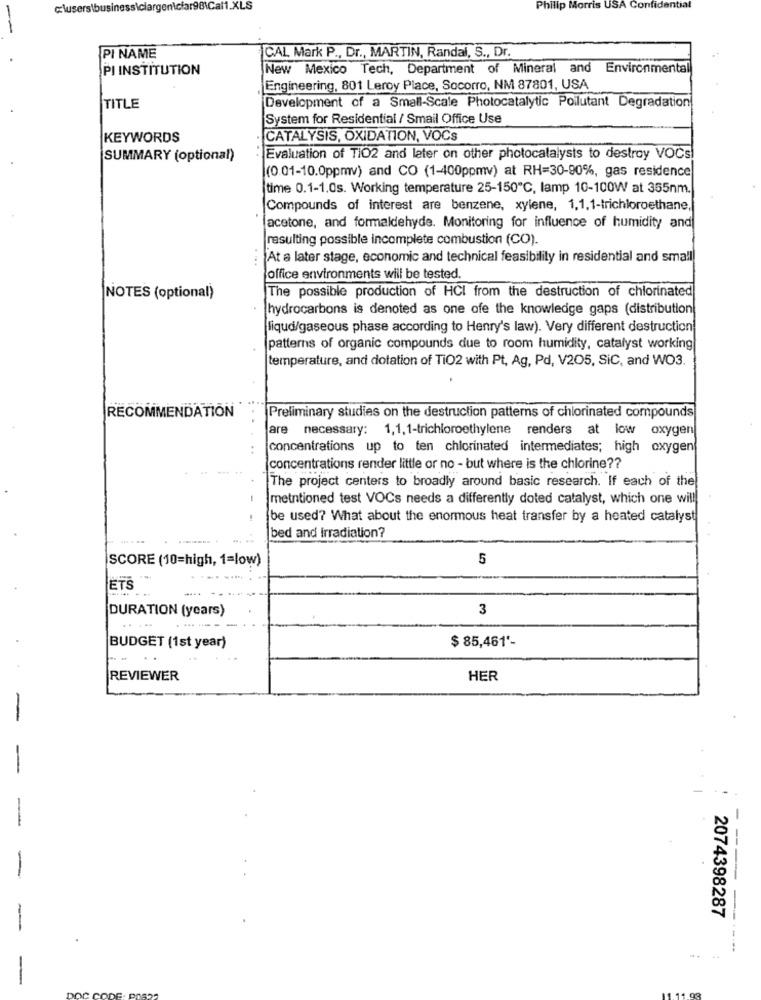
c:\users\business\ciargen\ciar98\Cal1.XLS
Philip Morris USA Confidential
PI NAME
CAL. Mark P ., Dr ., MARTIN, Randal, S ., Dr.
PI INSTITUTION
New Mexico Tech, Department of Mineral and Environmental
Engineering, 801 Leroy Place, Socorro, NM 87801, USA
TITLE
Development of a Small-Scale Photocatalytic Poilutant Degradation
System for Residential / Smail Office Use
KEYWORDS
CATALYSIS, OXIDATION, VOCs
SUMMARY (optional)
Evaluation of TIO2 and later on other photocatalysts to destroy VOCs
(0.01-10.0ppmv) and CO (1-400ppmv) at RH=30-90%, gas residence
time 0.1-1.0s. Working temperature 25-150℃, lamp 10-100W at 355nm.
Compounds of interest are benzene, xylene, 1,1,1-trichloroethane,
acetone, and formaldehyde. Monitoring for influence of humidity and
resulting possible incomplete combustion (CO).
...
At a later stage, economic and technical feasibility in residential and small
office environments will be tested.
The possible production of HCI from the destruction of chlorinated
NOTES (optional)
hydrocarbons is denoted as one ofe the knowledge gaps (distribution
liqud/gaseous phase according to Henry's law). Very different destruction
patterns of organic compounds due to room humidity, catalyst working
temperature, and dotation of TiO2 with Pt, Ag, Pd, V205, SiC, and WO3.
RECOMMENDATION
Preliminary studies on the destruction patterns of chlorinated compounds
are necessary: 1,1,1-trichloroethylene renders at low oxygen
concentrations up to ten chlorinated intermediates; high oxygen
concentrations render little or no - but where is the chlorine ??
The project centers to broadly around basic research. If each of the
-
mentioned test VOCs needs a differently doled catalyst, which one will
be used? What about the enormous heat transfer by a heated catalyst
bed and Irradiation?
SCORE (10=high, 1=low)
5
ETS
DURATION (years)
3
$ 85,461'-
BUDGET (1st year)
REVIEWER
HER
---
2074398287